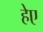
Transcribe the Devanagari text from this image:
हेए